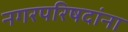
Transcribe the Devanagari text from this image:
नगरपरिषदांना